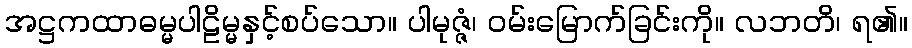
အဋ္ဌကထာဓမ္မပါဠိမ္မနှင့်စပ်သော။ ပါမုဇ္ဇံ၊ ဝမ်းမြောက်ခြင်းကို။ လဘတိ၊ ရ၏။